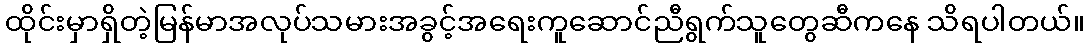
ထိုင်းမှာရှိတဲ့မြန်မာအလုပ်သမားအခွင့်အရေးကူဆောင်ညီရွက်သူတွေဆီကနေ သိရပါတယ်။